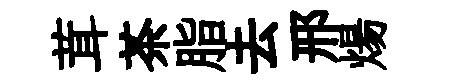
茸茶脂去邢煬